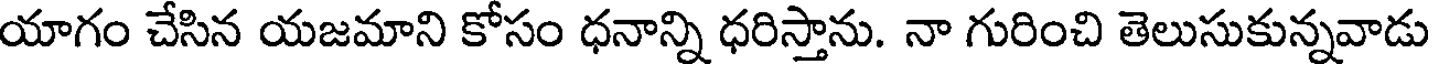
యాగం చేసిన యజమాని కోసం ధనాన్ని ధరిస్తాను. నా గురించి తెలుసుకున్నవాడు